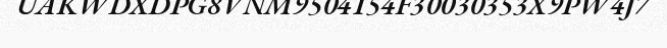
UAKWDXDPG8VNM9504154F30030353X9PW4J7